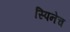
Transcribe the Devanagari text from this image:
स्पिनेच